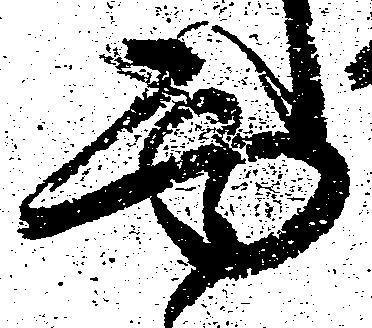
面